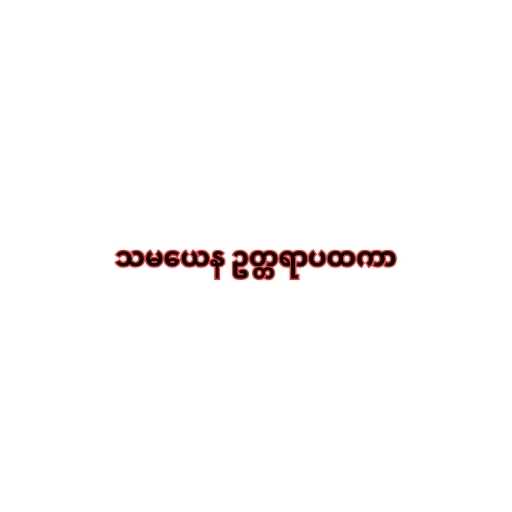
သမယေန ဥတ္တရာပထကာ